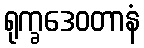
ရုက္ခဒေဝတာနံ